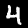
Digit: 4